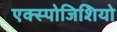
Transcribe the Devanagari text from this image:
एक्स्पोजिशियो